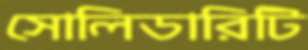
সোলিডারিটি